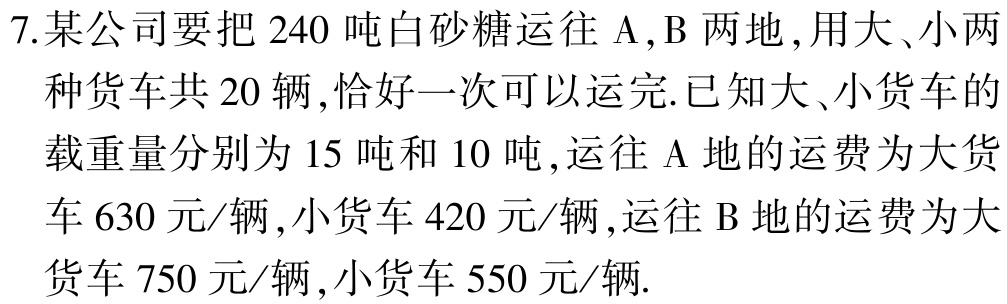
7.某公司要把 \(240\) 吨白砂糖运往 \(\mathrm{A},\mathrm{B}\) 两地，用大、小两种货车共 \(20\) 辆，恰好一次可以运完.已知大、小货车的载重量分别为 \(15\) 吨和 \(10\) 吨，运往 \(\mathrm{A}\) 地的运费为大货车 \(630\) 元/辆，小货车 \(420\) 元/辆，运往 \(\mathrm{B}\) 地的运费为大货车 \(750\) 元/辆，小货车 \(550\) 元/辆.